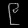
Digit: ၉